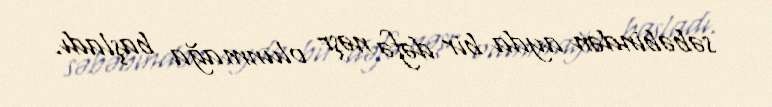
səbəbindən ayda bir dəfə nəşr olunmağa başladı.